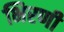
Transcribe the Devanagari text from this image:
भिरणी